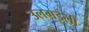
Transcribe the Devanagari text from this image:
उलगडली